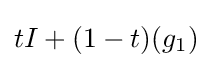
tI+(1-t)(g_{1})